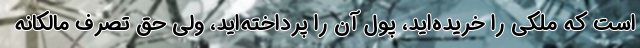
است که ملکی را خریده‌اید، پول آن را پرداخته‌اید، ولی حق تصرف مالکانه